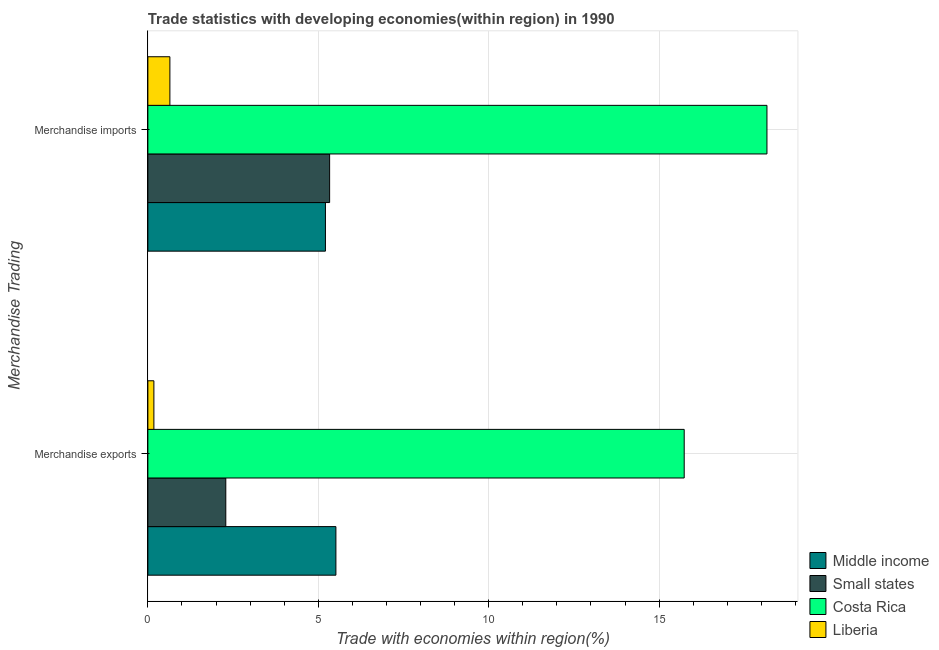
| Merchandise Trading | Middle income | Small states | Costa Rica | Liberia |
 | --- | --- | --- | --- | --- |
 | Merchandise exports | 5.52 | 2.29 | 15.7 | 0.177 |
 | Merchandise imports | 5.21 | 5.33 | 18.2 | 0.646 |